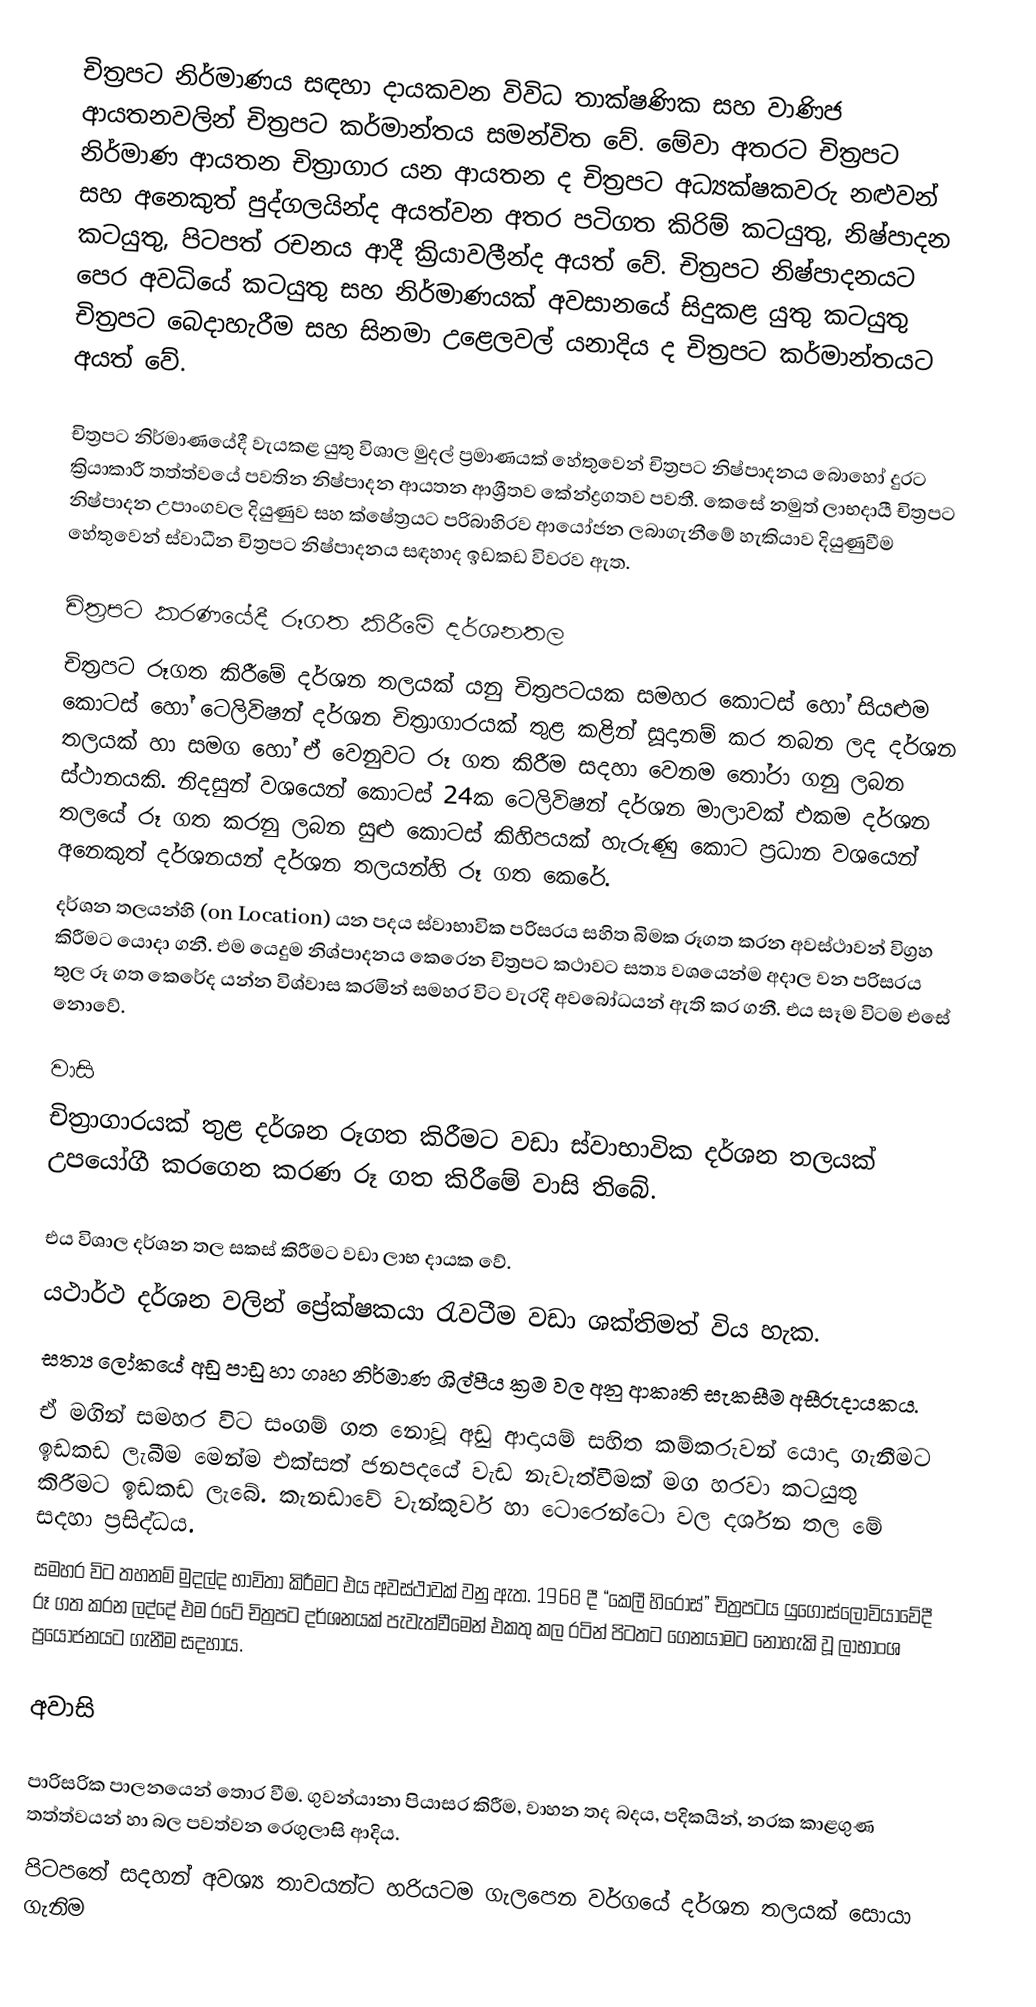
චිත්‍රපට නිර්මාණය සඳහා දායකවන විවිධ තාක්ෂණික සහ වාණිජ ආයතනවලින් චිත්‍රපට කර්මාන්තය සමන්විත වේ. මේවා අතරට චිත්‍රපට නිර්මාණ ආයතන චිත්‍රාගාර යන ආයතන ද චිත්‍රපට අධ්‍යක්ෂකවරු නළුවන් සහ අනෙකුත් පුද්ගලයින්ද අයත්වන අතර පටිගත කිරිම් කටයුතු, නිෂ්පාදන කටයුතු, පිටපත් රචනය ආදී ක්‍රියාවලීන්ද අයත් වේ. චිත්‍රපට නිෂ්පාදනයට පෙර අවධියේ කටයුතු සහ නිර්මාණයක් අවසානයේ සිදුකළ යුතු කටයුතු චිත්‍රපට බෙදාහැරීම සහ සිනමා උළෙලවල් යනාදිය ද චිත්‍රපට කර්මාන්තයට අයත් වේ.

චිත්‍රපට නිර්මාණයේදී වැයකළ යුතු විශාල මුදල් ප්‍රමාණයක් හේතුවෙන් චිත්‍රපට නිෂ්පාදනය බොහෝ දුරට ක්‍රියාකාරී තත්ත්වයේ පවතින නිෂ්පාදන ආයතන ආශ්‍රීතව කේන්ද්‍රගතව පවතී. කෙසේ නමුත් ලාභදායී චිත්‍රපට නිෂ්පාදන උපාංගවල දියුණුව සහ ක්ෂේත්‍රයට පරිබාහිරව ආයෝජන ලබාගැනීමේ හැකියාව දියුණුවීම හේතුවෙන් ස්වාධීන චිත්‍රපට නිෂ්පාදනය සඳහාද ඉඩකඩ විවරව ඇත.

චිත්‍රපට කරණයේදී රූගත කිරීමේ දර්ශනතල
චිත්‍රපට රූගත කිරීමේ දර්ශන තලයක් යනු චිත්‍රපටයක සමහර කොටස් හෝ සියළුම කොටස් හෝ ටෙලිවිෂන් දර්ශන චිත්‍රාගාරයක් තුළ කළින් සූදානම් කර තබන ලද දර්ශන තලයක් හා සමග හෝ ඒ වෙනුවට රූ ගත කිරීම සදහා වෙනම තෝරා ගනු ලබන ස්ථානයකි. නිදසුන් වශයෙන් කොටස් 24ක ටෙලිවිෂන් දර්ශන මාලාවක් එකම දර්ශන තලයේ රූ ගත කරනු ලබන සුළු කොටස් කිහිපයක් හැරුණු කොට ප්‍රධාන වශයෙන් අනෙකුත් දර්ශනයන් දර්ශන තලයන්හි රූ ගත කෙරේ.
දර්ශන තලයන්හි (on Location) යන පදය ස්වාභාවික පරිසරය සහිත බිමක රූගත කරන අවස්ථාවන් විග්‍රහ කිරීමට යොදා ගනී. එම යෙදුම නිශ්පාදනය කෙරෙන චිත්‍රපට කථාවට සත්‍ය වශයෙන්ම අදාල වන පරිසරය තුල රූ ගත කෙරේද යන්න විශ්වාස කරමින් සමහර විට වැරදි අවබෝධයන් ඇති කර ගනී. එය සෑම විටම එසේ නොවේ.

වාසි
චිත්‍රාගාරයක් තුළ දර්ශන රූගත කිරීමට වඩා ස්වාභාවික දර්ශන තලයක් උපයෝගී කරගෙන කරණ රූ ගත කිරීමේ වාසි තිබේ.

එය විශාල දර්ශන තල සකස් කිරීමට වඩා ලාභ දායක වේ.
යථාර්ථ දර්ශන වලින් ප්‍රේක්ෂකයා රැවටීම වඩා ශක්තිමත් විය හැක.
සත්‍ය ලෝකයේ අඩු පාඩු හා ගෘහ නිර්මාණ ශිල්පීය ක්‍රම වල අනු ආකෘති සැකසීම අසීරුදායකය.
ඒ මගින් සමහර විට සංගම් ගත නොවූ අඩු ආදායම් සහිත කම්කරුවන් යොදා ගැනීමට ඉඩකඩ ලැබීම මෙන්ම එක්සත් ජනපදයේ වැඩ නැවැත්වීමක් මග හරවා කටයුතු කිරීමට ඉඩකඩ ලැබේ. කැනඩාවේ වැන්කුවර් හා ටොරෙන්ටො වල දර්ශන තල මේ සදහා ප්‍රසිද්ධය.
සමහර විට තහනම් මුදල්ද භාවිතා කිරීමට එය අවස්ථාවක් වනු ඇත. 1968 දී “කෙලී හිරෝස්” චිත්‍රපටය යුගොස්ලොවියාවේදී රූ ගත කරන ලද්දේ එම රටේ චිත්‍රපට දර්ශනයක් පැවැත්වීමෙන් එකතු කල රටින් පිටතට ගෙනයාමට නොහැකි වූ ලාභාංශ ප්‍රයෝජනයට ගැනීම සදහාය.

අවාසි

පාරිසරික පාලනයෙන් තොර වීම. ගුවන්යානා පියාසර කිරීම, වාහන තද බදය, පදිකයින්, නරක කාළගුණ තත්ත්වයන් හා බල පවත්වන රෙගුලාසි ආදිය.
පිටපතේ සදහන් අවශ්‍ය  තාවයන්ට හරියටම ගැලපෙන වර්ගයේ දර්ශන තලයක් සොයා ගැනිම